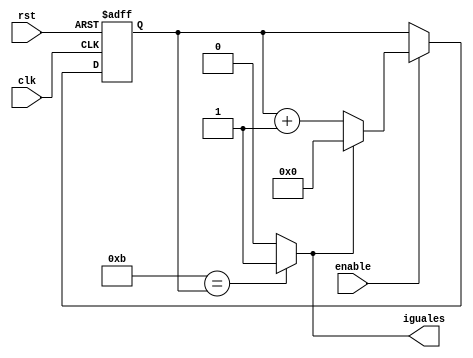
//////////////////////////////////////////////////////////////////////////////////
// Company: ITESO 
//////////////////////////////////////////////////////////////////////////////////
module Delayer
 # (parameter YY = 10 ) // Se requieren 27 bits para representar 100,000,0000 de cuentas
   (
    input clk,
    input rst,
    input enable,
    output iguales
    );
localparam WIDTH = $clog2(YY);  
reg [WIDTH-1:0]cuenta ;  

// Comparador
assign iguales = ( YY + 1 ==(cuenta) )? 1'b1 : 1'b0;

// Contador
always @(posedge rst, posedge clk)
    begin
        if (rst)
            cuenta <= {WIDTH{1'b0}};
        else 
            if (enable)
                if (iguales)
                         cuenta <= {WIDTH{1'b0}};
                else 
                        cuenta <= cuenta + 1'b1;
             else
                cuenta <= cuenta;
     end
endmodule